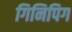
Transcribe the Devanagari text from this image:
गिनिपिग